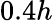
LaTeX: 0.4h